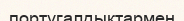
португалдықтармен